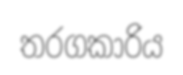
තරගකාරිය